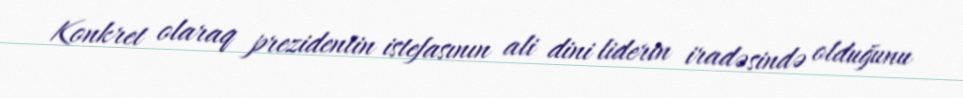
Konkret olaraq prezidentin istefasının ali dini liderin iradəsində olduğunu